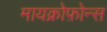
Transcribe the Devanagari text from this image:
मायक्रोफ़ोन्स